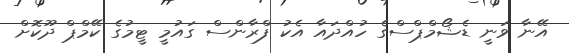
އޭނާ ވަނީ ޑެޝޯމްޕްސްގެ ހުއްދައާ އެކު ފްރާންސް ގައުމީ ޓީމުގެ ކޭމްޕް ދޫކޮށް